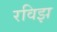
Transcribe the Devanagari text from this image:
रविझ